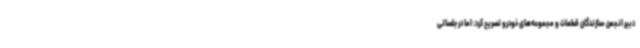
دبیر انجمن سازندگان قطعات و مجموعه‌های خودرو تصریح کرد: اما در جلساتی